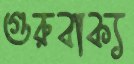
গুরুবাক্য